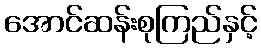
အောင်ဆန်းစုကြည်နှင့်